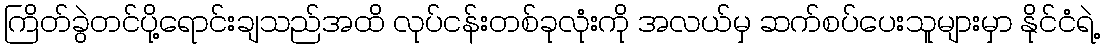
ကြိတ်ခွဲတင်ပို့ရောင်းချသည်အထိ လုပ်ငန်းတစ်ခုလုံးကို အလယ်မှ ဆက်စပ်ပေးသူများမှာ နိုင်ငံရဲ့